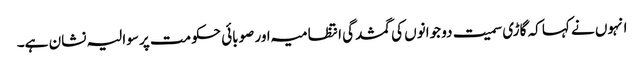
انہوں نے کہا کہ گاڑی سمیت دو جوانوں کی گمشدگی انتظامیہ اور صوبائی حکومت پر سوالیہ نشان ہے۔